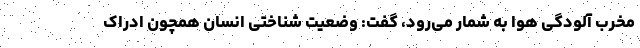
مخرب آلودگی هوا به شمار می‌رود، گفت: وضعیت شناختی انسان همچون ادراک